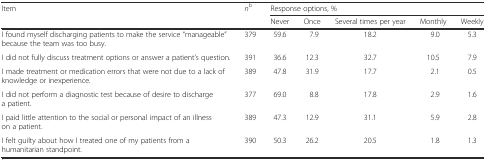
<table><thead><tr><td><b>Item</b></td><td><b><i>n</i><sup>b</sup></b></td><td colspan="5"><b>Response options, %</b></td></tr><tr><td></td><td></td><td><b>Never</b></td><td><b>Once</b></td><td><b>Several times per year</b></td><td><b>Monthly</b></td><td><b>Weekly</b></td></tr></thead><tbody><tr><td>I found myself discharging patients to make the service “manageable” because the team was too busy.</td><td>379</td><td>59.6</td><td>7.9</td><td>18.2</td><td>9.0</td><td>5.3</td></tr><tr><td>I did not fully discuss treatment options or answer a patient’s question.</td><td>391</td><td>36.6</td><td>12.3</td><td>32.7</td><td>10.5</td><td>7.9</td></tr><tr><td>I made treatment or medication errors that were not due to a lack of knowledge or inexperience.</td><td>389</td><td>47.8</td><td>31.9</td><td>17.7</td><td>2.1</td><td>0.5</td></tr><tr><td>I did not perform a diagnostic test because of desire to discharge a patient.</td><td>377</td><td>69.0</td><td>8.8</td><td>17.8</td><td>2.9</td><td>1.6</td></tr><tr><td>I paid little attention to the social or personal impact of an illness on a patient.</td><td>389</td><td>47.3</td><td>12.9</td><td>31.1</td><td>5.9</td><td>2.8</td></tr><tr><td>I felt guilty about how I treated one of my patients from a humanitarian standpoint.</td><td>390</td><td>50.3</td><td>26.2</td><td>20.5</td><td>1.8</td><td>1.3</td></tr></tbody></table>